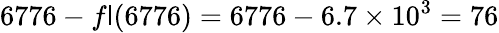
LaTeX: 6776-f\mathsf{l}(6776)=6776-6.7\times10^{3}=76